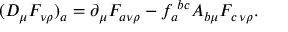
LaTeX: ( D _ { \mu } F _ { \nu \rho } ) _ { a } = \partial _ { \mu } F _ { a \nu \rho } - f _ { a } ^ { \; b c } A _ { b \mu } F _ { c \, \nu \rho } .